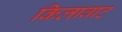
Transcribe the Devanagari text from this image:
किलावाट